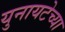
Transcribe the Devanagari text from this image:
युनायटेच्या